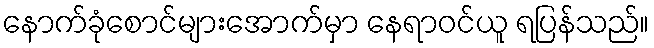
နောက်ခုံစောင်များအောက်မှာ နေရာဝင်ယူ ရပြန်သည်။